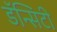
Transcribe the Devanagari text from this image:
डॅन्सिटी